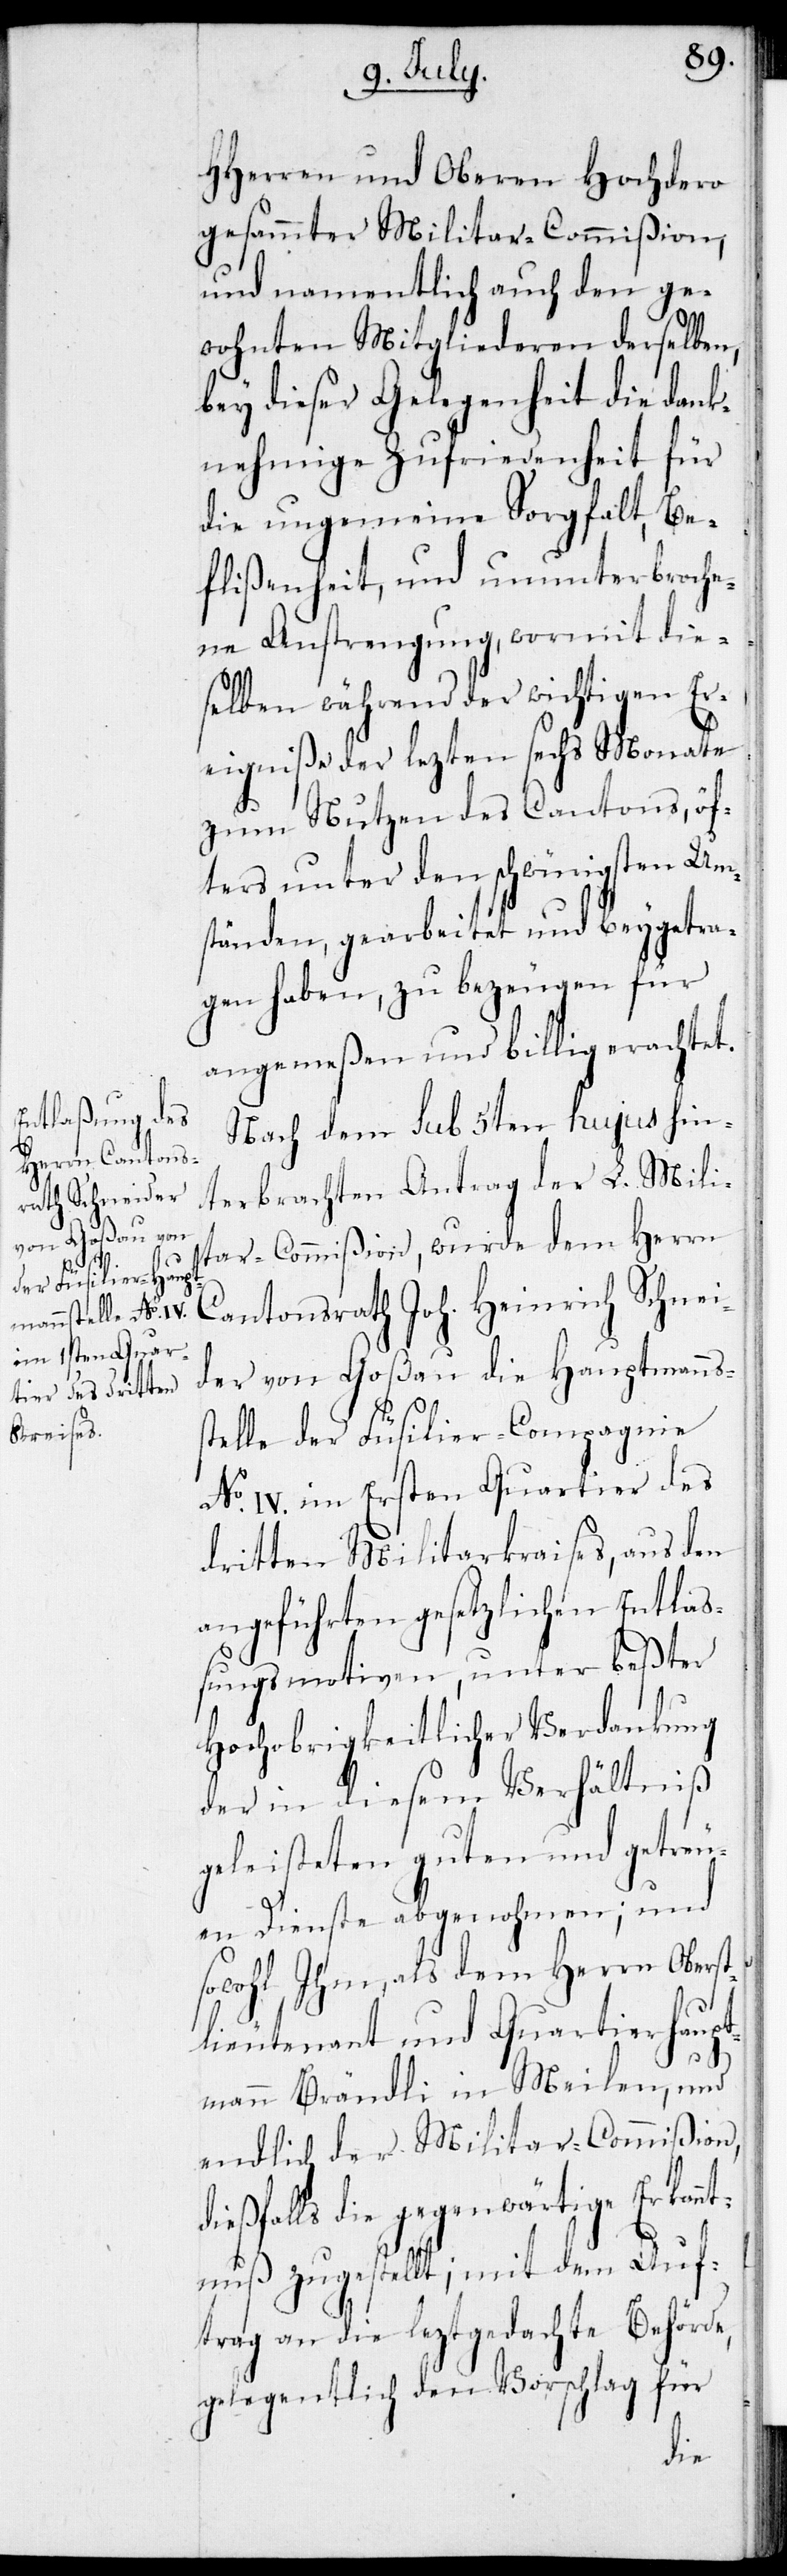
HHerrn und Oberen Hochdero
gesammter Militar-Commißion,
und namentlich auch den ge¬
wohnten Mitgliederen derselben,
bey dieser Gelegenheit die dank¬
nehmige Zufriedenheit für
die ungemeine Sorgfalt, Be¬
flißenheit, und ununterbroche¬
ne Anstrengung, wormit die¬
selben während der wichtigen Er¬
eigniße der lezten sechs Monate
zum Nutzen des Cantons, öf¬
ters unter dem schwürigsten Um¬
ständen, gearbeitet und beygetra¬
gen haben, zu bezeugen für
angemeßen und billig erachet.
Nach dem sub 5ten hujus hin¬
terbrachten Antrag der L. Mili¬
tar-Commißion, wurde dem Herrn
Cantonsrath Joh. Heinrich Schnei¬
der von Goßau die Hauptmanns¬
stelle der Füsilier-Compagnie
No. IV. im Ersten Quartier des
dritten Militarkraises, aus den
angefügten gesetzlichen Entlaß¬
ungsmotiven, unter beßter
Hochobrigkeitlicher Verdankung
der in diesem Verhältniß
geleisteten guten und getreu¬
en Dienste abgenohmen; und
sowohl Ihm, als dem Herrn Obers¬
tlieutenant und Quartierhaupt¬
mann Brändli in Meilen, und
endlich der Militar-Commißion,
dießfalls die gegewärtige Erkan¬
ntnuß zugestellt; mit dem Auf¬
trag an die leztgedachte Behörde,
gelegentlich den Vorschlag für